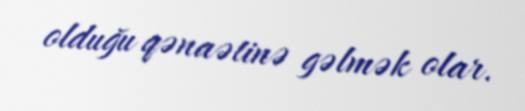
olduğu qənaətinə gəlmək olar.